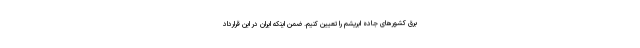
برق کشورهای جاده ابریشم را تعیین کنیم. ضمن اینکه ایران در این قرارداد